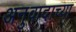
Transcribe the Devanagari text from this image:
अनुवादाच्‍या